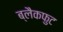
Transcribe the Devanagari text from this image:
ब्लैकफुट